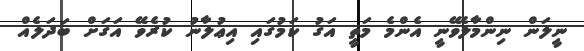
ނީލަން ނިންމާލެވޭނީ އެންމެ މަތީ އަގު ކަމުގައި އިޢުލާނު ކުރެވޭ އަގަށް ބަދަލެއް